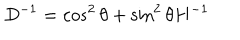
LaTeX: D ^ { - 1 } = \cos ^ { 2 } \theta + \sin ^ { 2 } \theta H ^ { - 1 }